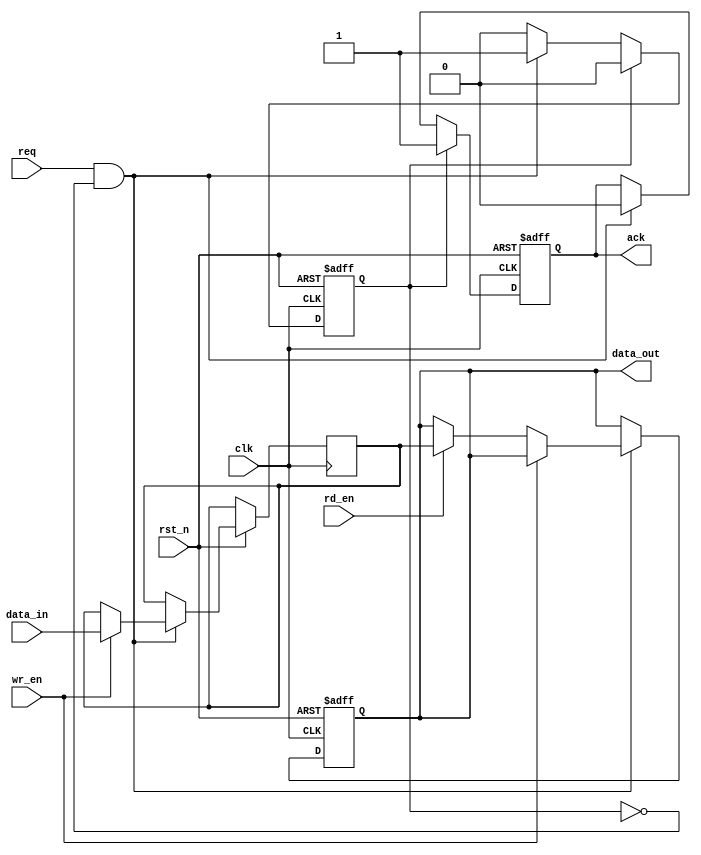
module memory_block (
    input wire clk,
    input wire rst_n,
    input wire req,
    output reg ack,
    input wire [7:0] data_in,
    output reg [7:0] data_out,
    input wire wr_en,
    input wire rd_en
);

    reg [7:0] memory [0:255]; // Simple memory block with 256 x 8-bit words
    reg busy;

    always @(posedge clk or negedge rst_n) begin
        if (!rst_n) begin
            ack <= 0;
            busy <= 0;
            data_out <= 8'b0;
        end else begin
            if (req && !busy) begin
                busy <= 1;
                ack <= 0; // Start processing request
                if (wr_en) begin
                    // Write operation
                    memory[0] <= data_in; // Write to address 0 for simplicity
                end else if (rd_en) begin
                    // Read operation
                    data_out <= memory[0]; // Read from address 0 for simplicity
                end
            end
            
            if (busy) begin
                ack <= 1; // Acknowledge after processing the request
                busy <= 0; // Reset busy state after acknowledging
            end
        end
    end
endmodule